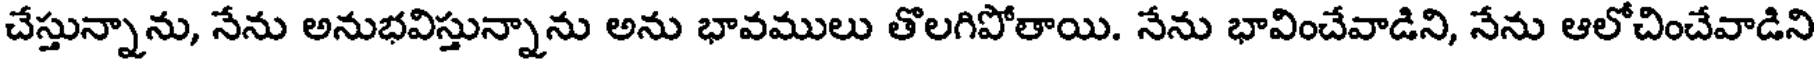
చేస్తున్నాను, నేను అనుభవిస్తున్నాను అను భావములు తొలగిపోతాయి. నేను భావించేవాడిని, నేను ఆలోచించేవాడిని